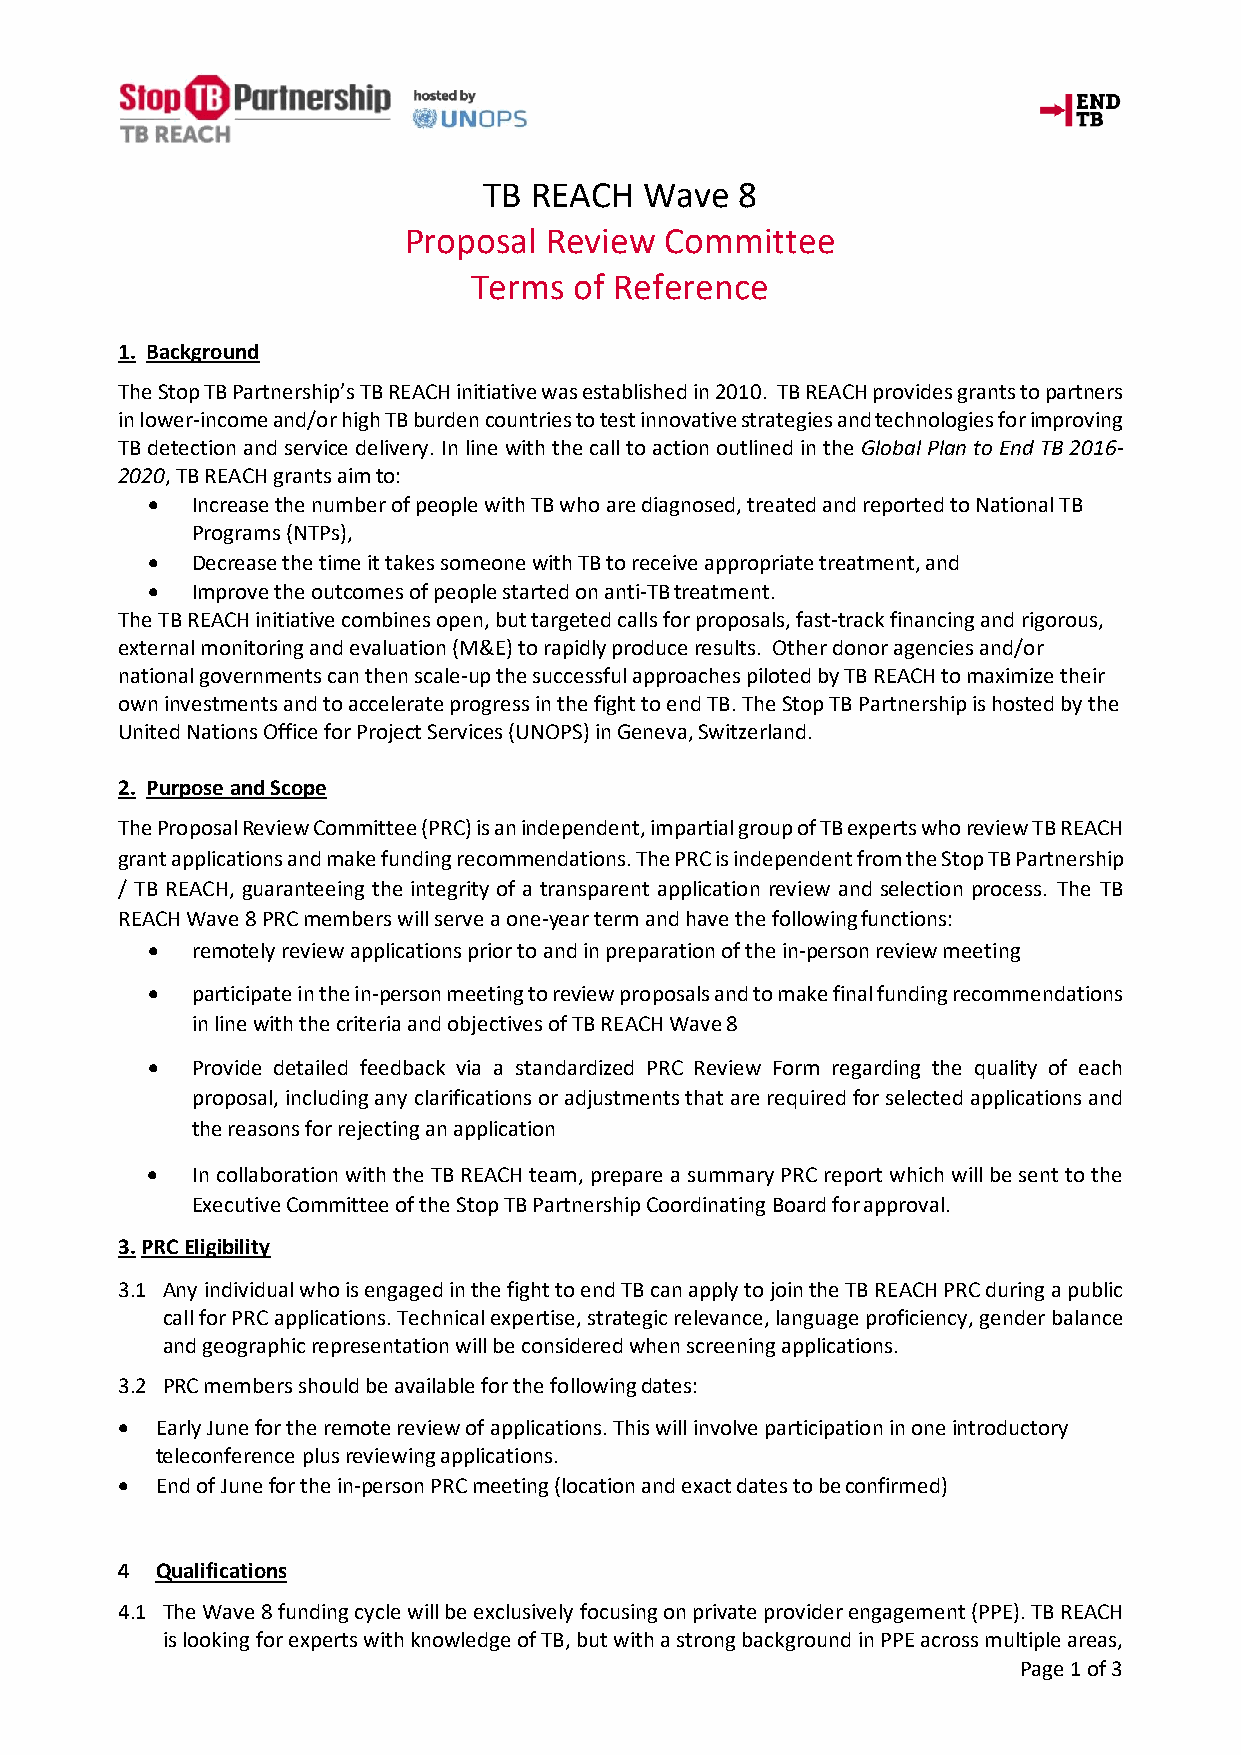
TB REACH   Wave  8
 Proposal Review  Committee
 Terms  of Reference
 1. Background
 The Stop TB Partnership’s TB REACH initiative was established in 2010. TB REACH provides grants to partners
 in lower-income and/or high TB burden countries to test innovative strategies and technologies for improving
 TB detection and service delivery. In line with the call to action outlined in the Global Plan to End TB 2016-
 2020, TB REACH grants aim to:
 •  Increase the number of people with TB who are diagnosed, treated and reported to National TB
 Programs (NTPs),
 •  Decrease the time it takes someone with TB to receive appropriate treatment, and
 •  Improve the outcomes of people started on anti-TB treatment.
 The TB REACH initiative combines open, but targeted calls for proposals, fast-track financing and rigorous,
 external monitoring and evaluation (M&E) to rapidly produce results. Other donor agencies and/or
 national governments can then scale-up the successful approaches piloted by TB REACH to maximize their
 own investments and to accelerate progress in the fight to end TB. The Stop TB Partnership is hosted by the
 United Nations Office for Project Services (UNOPS) in Geneva, Switzerland.
 2. Purpose and Scope
 The Proposal Review Committee (PRC) is an independent, impartial group of TB experts who review TB REACH
 grant applications and make funding recommendations. The PRC is independent from the Stop TB Partnership
 / TB REACH, guaranteeing the integrity of a transparent application review and selection process. The TB
 REACH Wave 8 PRC members will serve a one-year term and have the following functions:
 •  remotely review applications prior to and in preparation of the in-person review meeting
 •  participate in the in-person meeting to review proposals and to make final funding recommendations
 in line with the criteria and objectives of TB REACH Wave 8
 •  Provide detailed feedback via a standardized PRC Review Form regarding the quality of each
 proposal, including any clarifications or adjustments that are required for selected applications and
 the reasons for rejecting an application
 •  In collaboration with the TB REACH team, prepare a summary PRC report which will be sent to the
 Executive Committee of the Stop TB Partnership Coordinating Board for approval.
 3. PRC Eligibility
 3.1 Any individual who is engaged in the fight to end TB can apply to join the TB REACH PRC during a public
 call for PRC applications. Technical expertise, strategic relevance, language proficiency, gender balance
 and geographic representation will be considered when screening applications.
 3.2 PRC members should be available for the following dates:
 • Early June for the remote review of applications. This will involve participation in one introductory
 teleconference plus reviewing applications.
 • End of June for the in-person PRC meeting (location and exact dates to be confirmed)
 4 Qualifications
 4.1 The Wave 8 funding cycle will be exclusively focusing on private provider engagement (PPE). TB REACH
 is looking for experts with knowledge of TB, but with a strong background in PPE across multiple areas,
 Page 1 of 3